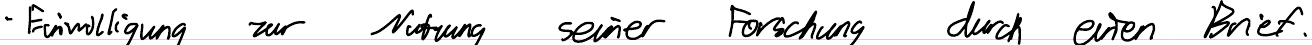
- Einwilligung zur Nutzung seiner Forschung durch einen Brief.